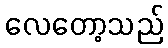
လေတော့သည်